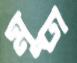
মূঢ়